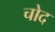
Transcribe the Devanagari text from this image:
चोद